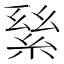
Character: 𦀣